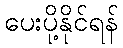
ပေးပို့နိုင်ရန်